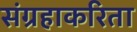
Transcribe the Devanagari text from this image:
संग्रहाकरिता